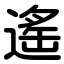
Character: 遙